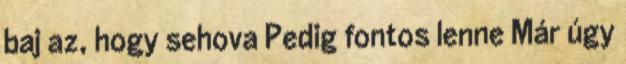
baj az, hogy sehova Pedig fontos lenne Már úgy